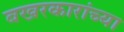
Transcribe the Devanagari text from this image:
बखरकारांच्या